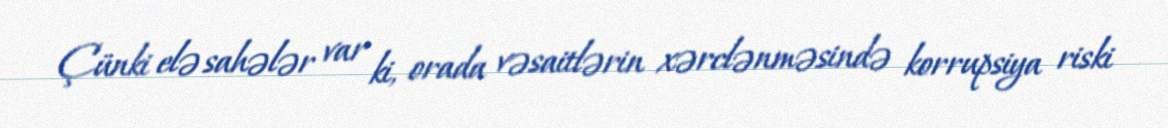
Çünki elə sahələr var ki, orada vəsaitlərin xərclənməsində korrupsiya riski